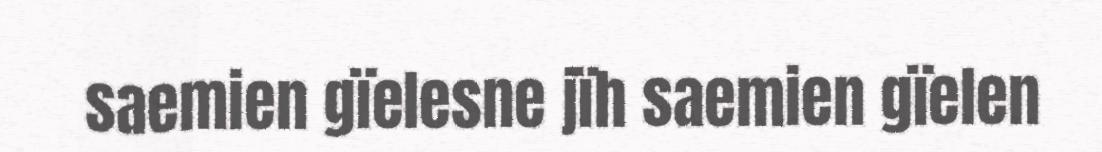
saemien gïelesne jïh saemien gïelen